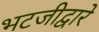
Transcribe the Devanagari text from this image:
भटजीद्वारे